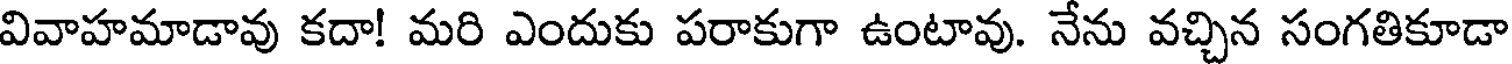
వివాహమాడావు కదా! మరి ఎందుకు పరాకుగా ఉంటావు. నేను వచ్చిన సంగతికూడా